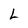
Character: L